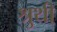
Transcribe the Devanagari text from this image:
श्रुथी